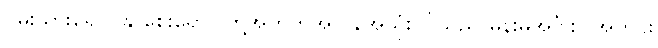
ဝမ်းသွားရောဂါနှာစေးရောဂါတို့အတွက်အလွန်အသုံးဝင်သည် မိန်းမအင်္ဂါစပ်အတွင်း